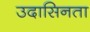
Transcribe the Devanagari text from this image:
उदासिनता